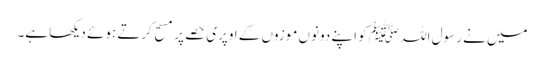
میں نے رسول اللہ ﷺ کو اپنے دونوں موزوں کے اوپری حصے پر مسح کرتے ہوئے دیکھا ہے۔